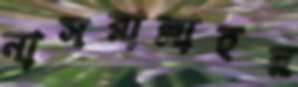
নাসরাল্লাহর